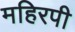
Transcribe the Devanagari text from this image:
महिरपी